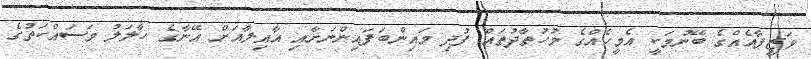
ވަޒީފާއެއްގެ ބޭނުމަކީ އެމީހެއްގެ މުހުތާދުތައް ފުދި މައިންބަފައިންނަށާއި އާއިލާއަށް އޭނާގެ ހާލަލު މަސައްކަތުގެ